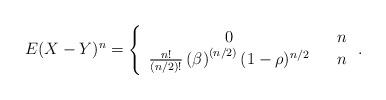
LaTeX: \begin{align*}E(X-Y)^{n}\allowbreak =\allowbreak \left\{ \begin{array}{ccc}0 & & n \\ \frac{n!}{(n/2)!}\left( \beta \right) ^{\left( n/2\right) }(1-\rho )^{n/2} & & n\end{array}\right. . \end{align*}